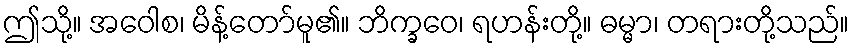
ဤသို့။ အဝေါစ၊ မိန့်တော်မူ၏။ ဘိက္ခဝေ၊ ရဟန်းတို့။ ဓမ္မာ၊ တရားတို့သည်။